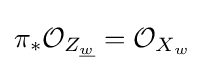
\pi _{*}{\mathcal {O}}_{Z_{\underline {w}}}={\mathcal {O}}_{X_{w}}